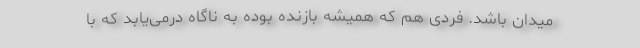
میدان باشد. فردی هم که همیشه بازنده بوده به ناگاه درمی‌یابد که با